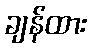
ချန်ထား